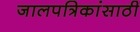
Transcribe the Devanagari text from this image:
जालपत्रिकांसाठी